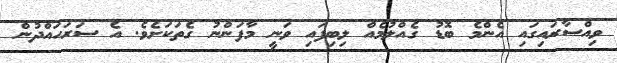
ވިއްސާރައިގައި އެންމެ ބޮޑު ގެއްލުމެއް ލިބިފައި ވަނީ މާފަންނު ގެތަކަށެވެ. އެ ސަރަހައްދުން